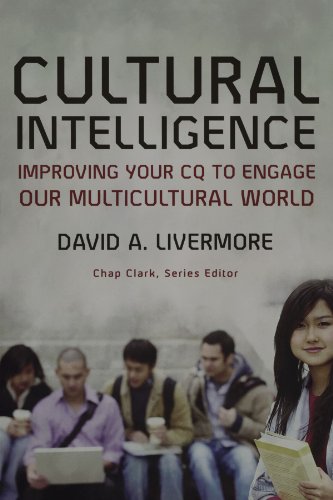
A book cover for Cultural Intelligence: Improving Your CQ to Engage Our Multicultural World (Youth, Family, and Culture); David A. Livermore; Christian Books & Bibles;